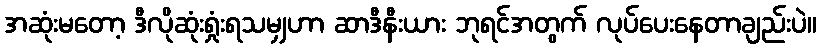
အဆုံးမတော့ ဒီလိုဆုံးရှုံးရသမျှဟာ ဆာဒီနီးယား ဘုရင်အတွက် လုပ်ပေးနေတာချည်းပဲ။